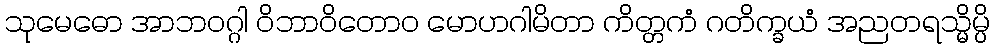
သုမေဓော အာဘဝဂ္ဂါ ဝိဘာဝိတောဝ မောဟဂါမိတာ ကိတ္တကံ ဂတိက္ခယံ အညတရသ္မိမ္ပိ